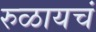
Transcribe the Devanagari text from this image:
रुळायचं